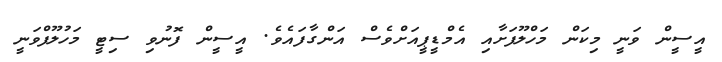
އީސީން ވަނީ މިކަން މަހްލޫފަށާއި އެމްޑީޕީއަށްވެސް އަންގާފައެވެ. އީސީން ފޮނުވި ސިޓީ މަހުލޫފްވަނީ